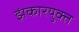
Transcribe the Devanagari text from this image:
झंकारयुक्त